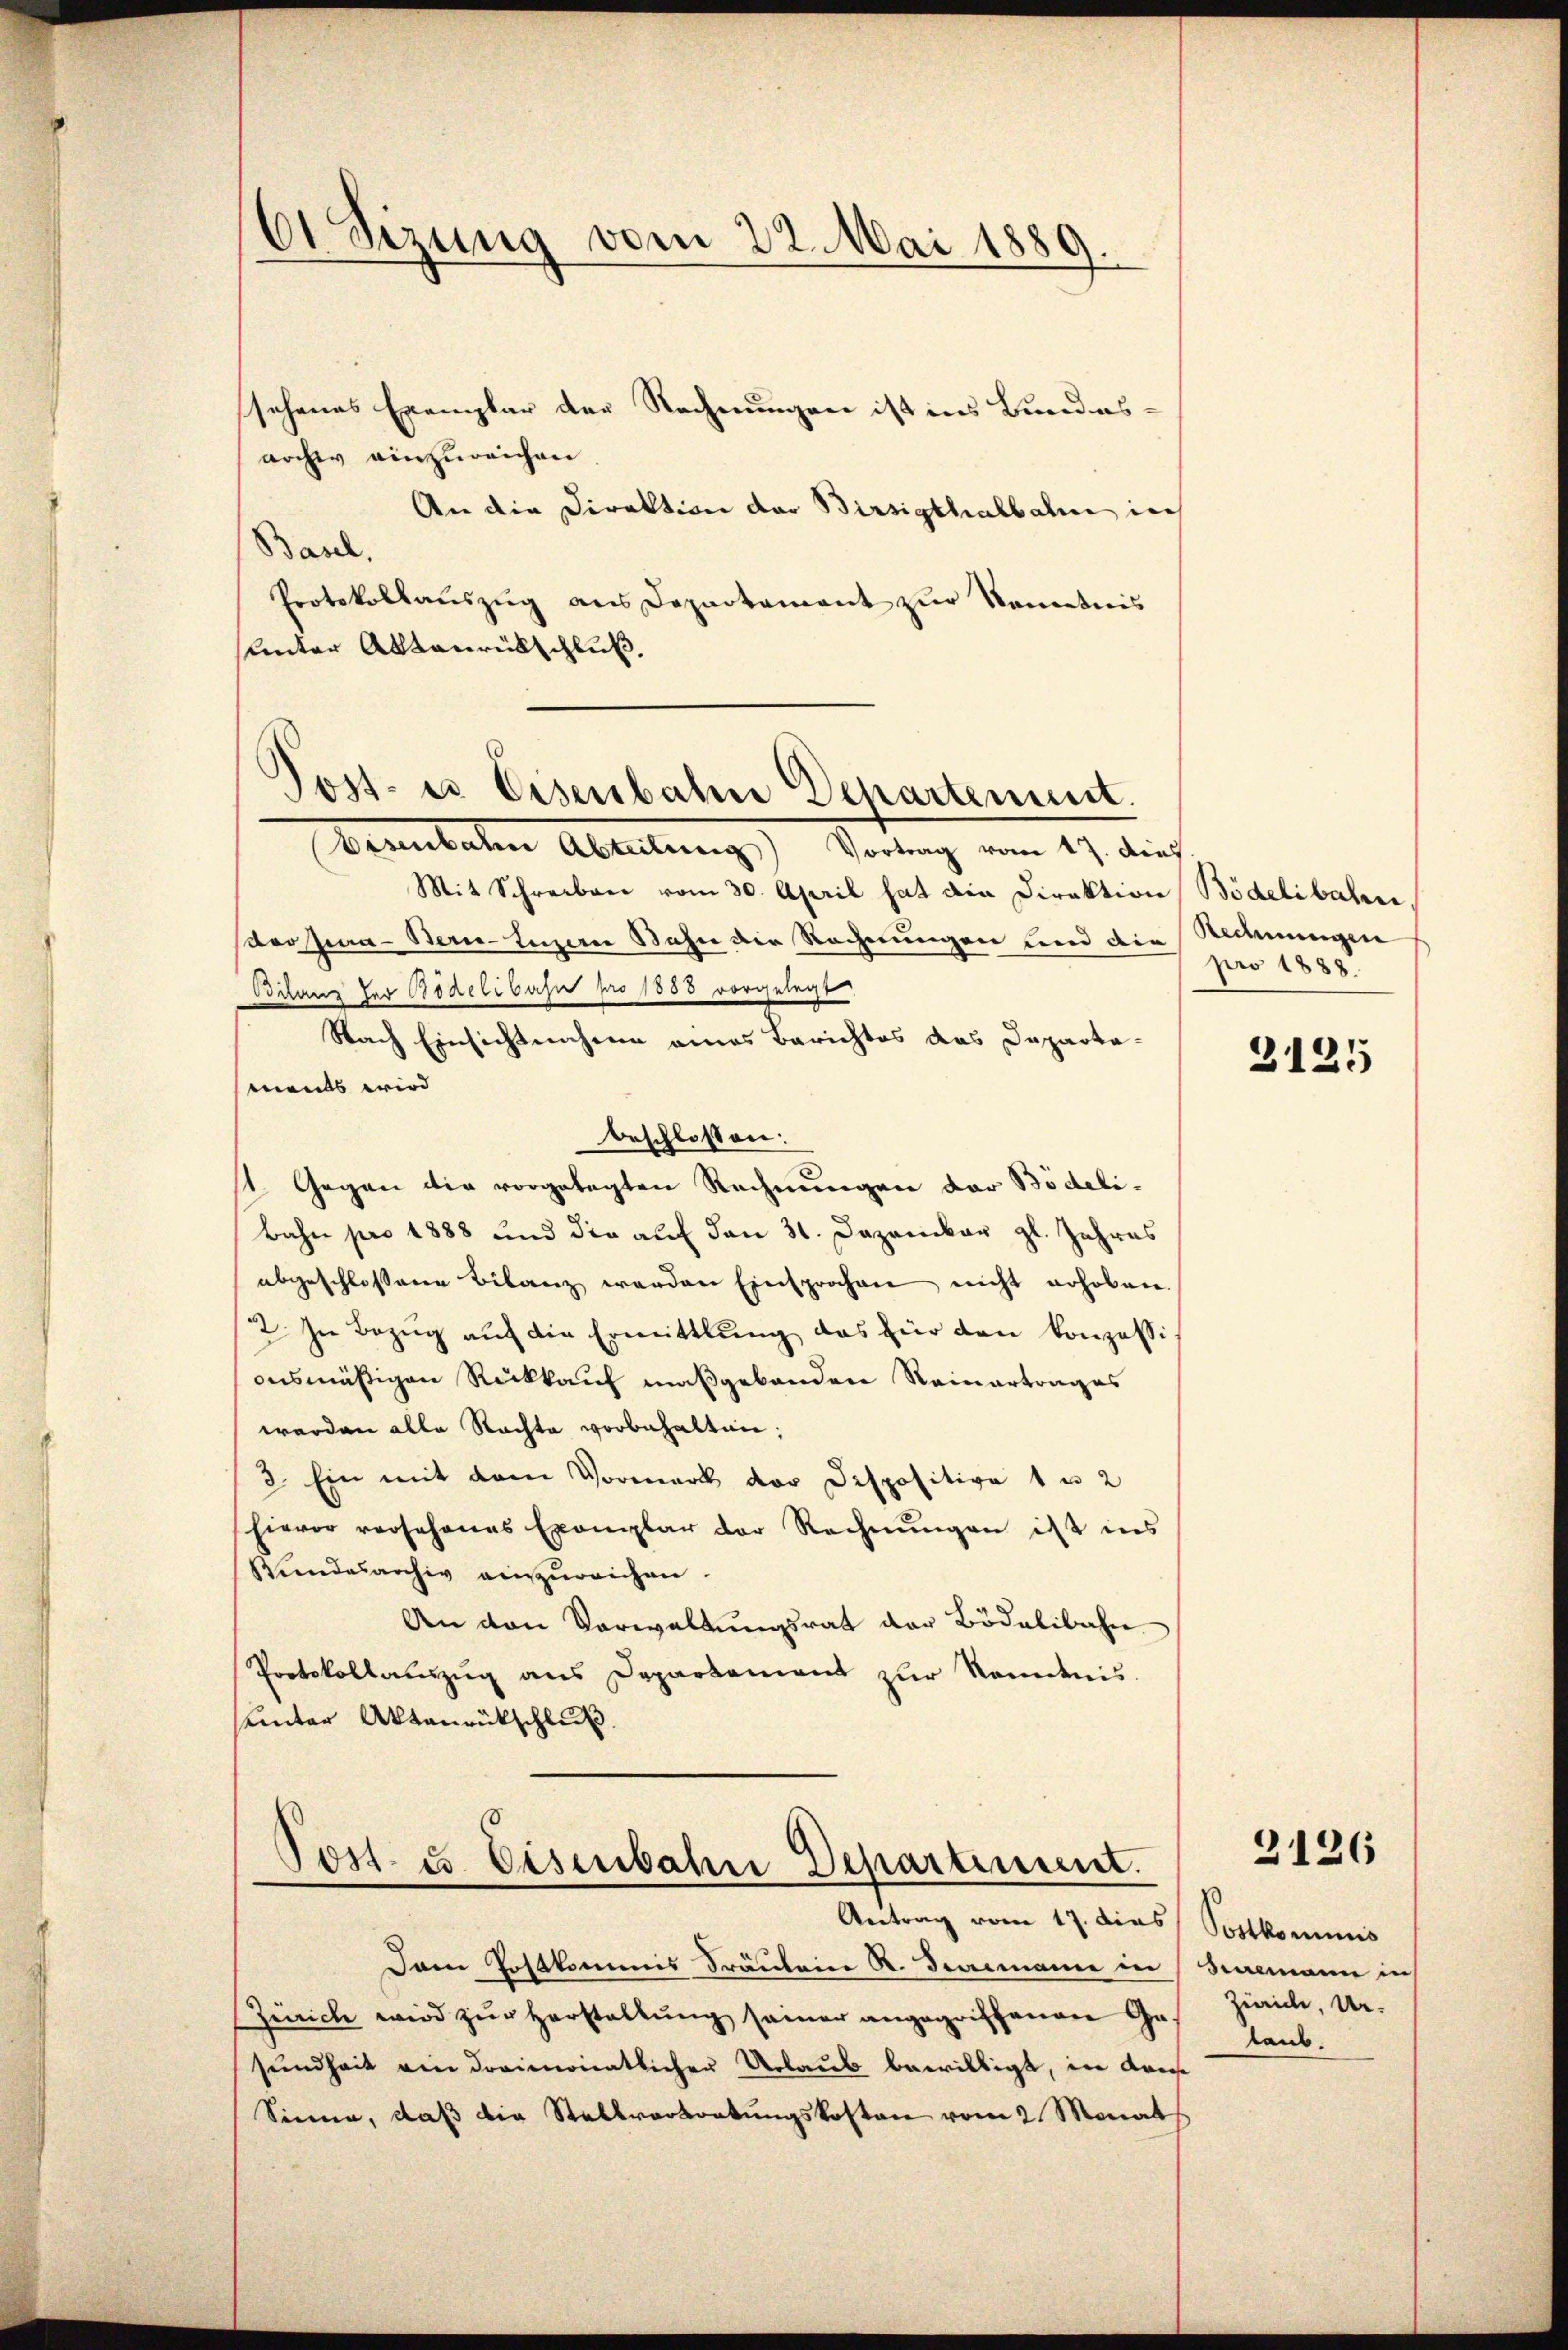
61 Sizung vom 22. Mai 1889.

sehenes Exemplar der Rechnungen ist ins Bundesarchiv einzureichen
An die Direktion der Birsigthalbahn in
Basel,
Protokollauszug aus Departement zur Kenntnis
unter Aktenrückschluß,

Post- us Eisenbahn Departement.

Dammbachen Abteilung.) Vortung vom 17. dies
Mit Schreiben vom 30. April hat die Direktion Bödelibahne
derpina - Bern-Luzern Bahn die Rechnungen und die Rechnungen
Bilanz der Bödelibahn pro 1888 vorgelegt
Nach Einsichtnahme eines Berichtes das Departa-
mants wird |
beschlossen:
1. Gegen die vorgetagten Rechnungen der Bödeli¬
Bahn pro 1888 und die auf den 31. Dezember gl. Jahres
abgeschlossene Bilanz werden Einsprochen nicht erhoben.
2. In Bezŭg aŭf die Ermittlung das für den konzessi
onsmäßigen Rückkauf maßgebenden Reinertrages
werden alle Rechte vorbehalten;
3. Ein mit dem Vormerk der Dispositive 1 u 2
hievor vorsehenes Exemplar der Rechnŭngen ist ins
Beendesarchiv einzŭreichen.
An den Verwaltungsrat der Bödelibahn
Protokollauszug aus Departement zur Kenntnis.
sunter Aktenrückschluß

Post- u. Eisenbahn Departiment.
Antrag vom 17. dies Postkommis

Dem Postkommis Fräulein A. Decremann in Salmann in
Zürich wird zur Herstaltung seiner angegriffenen Gesundheit ein dreimonatlicher Urlaub bewilligt, in Kaise
Sinne, daß die Stellverbortungskosten vom 2. Monat

pro 1888.

3125

2126

Zwaide, Un¬
Laus.